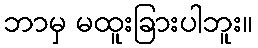
ဘာမှ မထူးခြားပါဘူး။